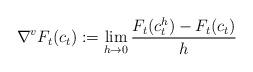
LaTeX: \begin{align*}\nabla^{v}F_t(c_t):= \lim_{h\rightarrow 0}\frac{F_{t}(c^h_t) - F_t(c_t)}{h}\end{align*}